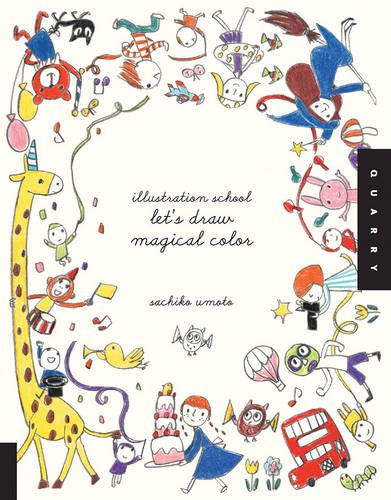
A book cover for Illustration School: Let's Draw Magical Color; Sachiko Umoto; Arts & Photography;